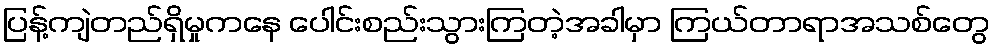
ပြန့်ကျဲတည်ရှိမှုကနေ ပေါင်းစည်းသွားကြတဲ့အခါမှာ ကြယ်တာရာအသစ်တွေ